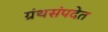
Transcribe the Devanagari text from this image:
ग्रंथसंपदेत